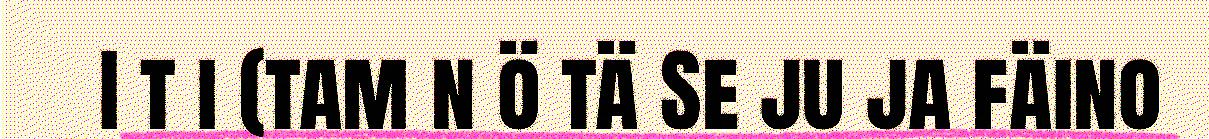
I t i (tam n ö tä Se ju ja fäino